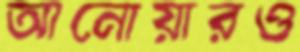
আনোয়ারও